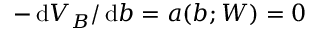
- \, \mathrm { d } V _ { B } / \, \mathrm { d } b = a ( b ; W ) = 0